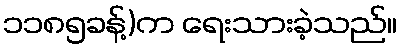
၁၁၈၅ခန့်)က ရေးသားခဲ့သည်။